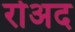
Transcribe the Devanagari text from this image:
रोअद